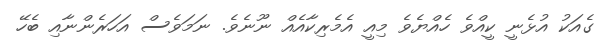
ގެއަކު އުޅެނީ ކީއްވެ ހެއްޔެވެ މިއީ އެމެރިކާއެއް ނޫނެވެ. ނަމަވެސް އަހަރެންނާއި ބެހޭ